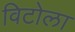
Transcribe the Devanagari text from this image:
विटोला